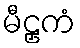
မီဠှကံ